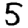
Digit: 5